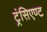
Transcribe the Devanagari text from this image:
ट्रंसिएण्ट